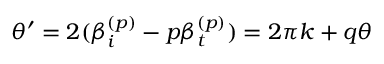
\theta ^ { \prime } = 2 ( \beta _ { i } ^ { ( p ) } - p \beta _ { t } ^ { ( p ) } ) = 2 \pi k + q \theta